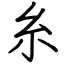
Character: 糸